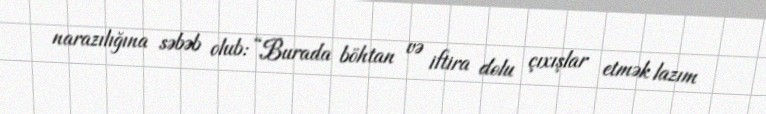
narazılığına səbəb olub: “Burada böhtan və iftira dolu çıxışlar etmək lazım